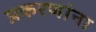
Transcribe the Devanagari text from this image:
प्रकरणांना